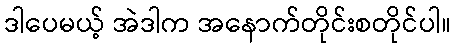
ဒါပေမယ့် အဲဒါက အနောက်တိုင်းစတိုင်ပါ။